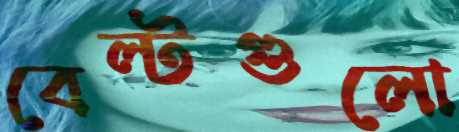
বেল্টগুলো